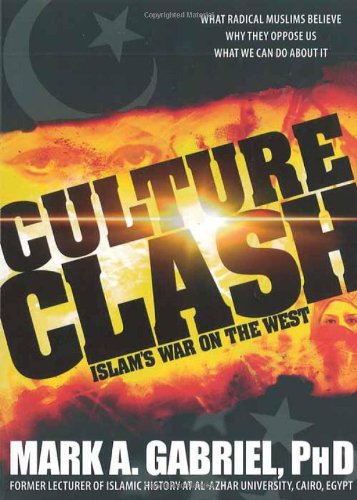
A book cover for Culture Clash: Islam's War on America; Mark A. Gabriel; Religion & Spirituality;